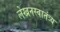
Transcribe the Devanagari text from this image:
लेखनस्वातंत्र्य